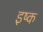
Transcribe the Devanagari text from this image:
इष्क